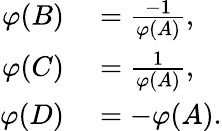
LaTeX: \begin{array}{rl}{\varphi(B)}&{{}={\frac{-1}{\varphi(A)}},}\\ {\varphi(C)}&{{}={\frac{1}{\varphi(A)}},}\\ {\varphi(D)}&{{}=-\varphi(A).}\end{array}